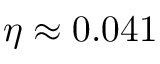
\eta \approx 0 . 0 4 1